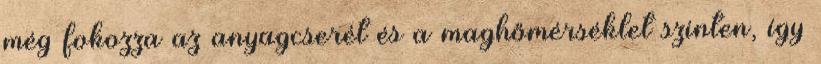
még fokozza az anyagcserét és a maghőmérséklet szinten, így